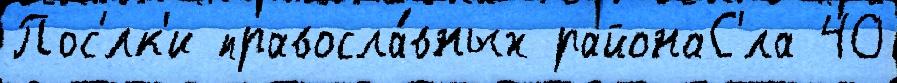
Пос'́лк'и правосла́вных районаС'́ла 40